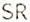
SR